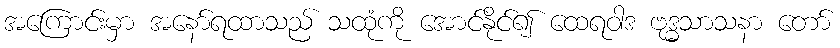
အကြောင်းမှာ အနော်ရထာသည် သထုံကို အောင်နိုင်၍ ထေရဝါဒ ဗုဒ္ဓသာသနာ တော်